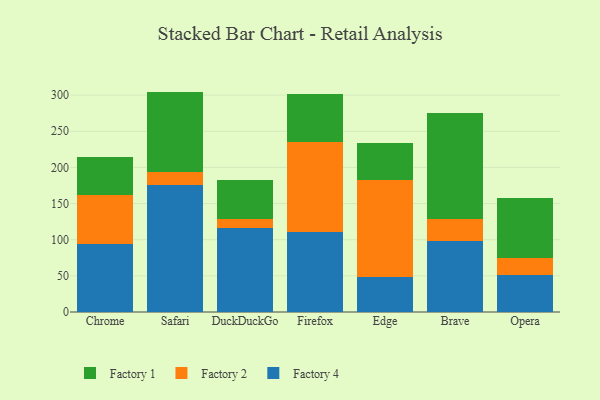
{"axis": {"x": "Browser", "y": "Revenue (USD Million)"}, "legend": ["Factory 1", "Factory 2", "Factory 4"], "data": [{"x": "Chrome", "y": 94.7, "type": "Factory 4"}, {"x": "Chrome", "y": 67.1, "type": "Factory 2"}, {"x": "Chrome", "y": 53.3, "type": "Factory 1"}, {"x": "Safari", "y": 175.5, "type": "Factory 4"}, {"x": "Safari", "y": 18.4, "type": "Factory 2"}, {"x": "Safari", "y": 111.0, "type": "Factory 1"}, {"x": "DuckDuckGo", "y": 115.9, "type": "Factory 4"}, {"x": "DuckDuckGo", "y": 12.7, "type": "Factory 2"}, {"x": "DuckDuckGo", "y": 54.6, "type": "Factory 1"}, {"x": "Firefox", "y": 110.9, "type": "Factory 4"}, {"x": "Firefox", "y": 124.3, "type": "Factory 2"}, {"x": "Firefox", "y": 67.0, "type": "Factory 1"}, {"x": "Edge", "y": 48.5, "type": "Factory 4"}, {"x": "Edge", "y": 134.1, "type": "Factory 2"}, {"x": "Edge", "y": 51.4, "type": "Factory 1"}, {"x": "Brave", "y": 98.1, "type": "Factory 4"}, {"x": "Brave", "y": 30.4, "type": "Factory 2"}, {"x": "Brave", "y": 146.6, "type": "Factory 1"}, {"x": "Opera", "y": 51.5, "type": "Factory 4"}, {"x": "Opera", "y": 23.1, "type": "Factory 2"}, {"x": "Opera", "y": 83.3, "type": "Factory 1"}]}